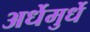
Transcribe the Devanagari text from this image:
अर्धेमुर्धे